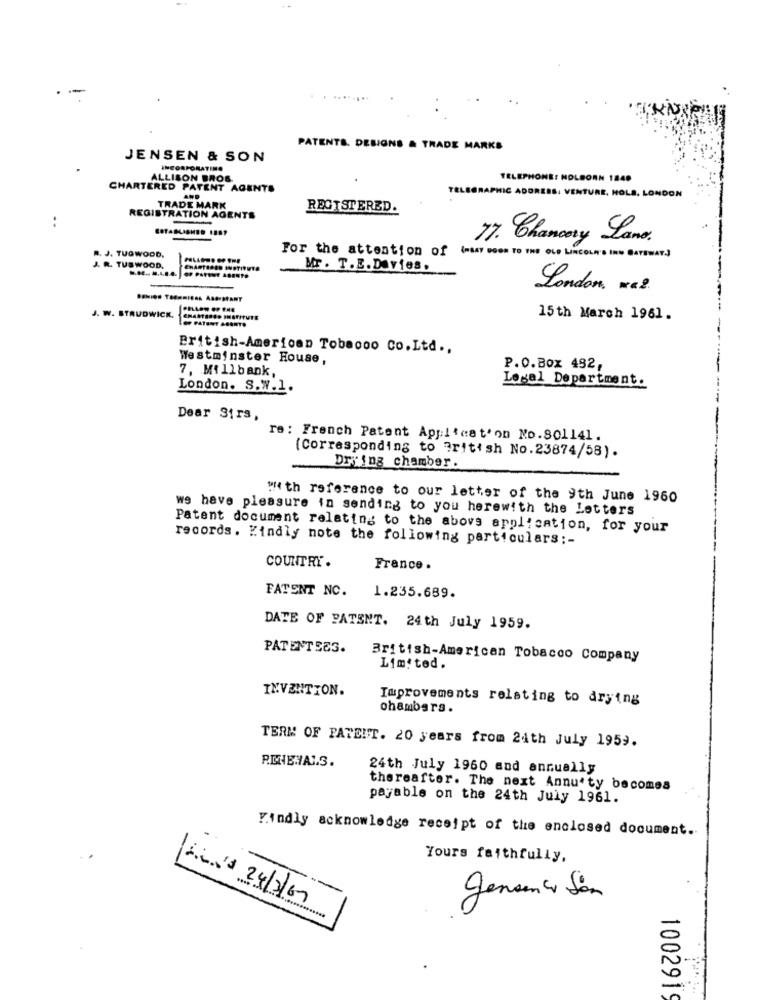
.
PATENTS. DESIGNS & TRADE MARKS
JENSEN & SON
INCORPORATING
ALLISON BROS.
TELEPHONE: HOLBORN 1840
CHARTERED PATENT AGENTS
HIC ADDRESS. VENTURE, HOLS. L
MOON
TRADE MARK
REGISTERED.
..
REGISTRATION AGENTS
77. Chancery Lane.
R. J. TUGWOOD,
For the attention of (=AAY DOOR TO THE OLD LINCOLN'S INN GATEWAY.)
J. R. TUSWOOD,
Mr . T. E. DAvie8.
London, . 2.
J. W. STRUDWICK,
15th March 1961.
British-American Tobacco Co.Ltd .,
Westminster House,
P.O.Box 492,
7, Millbank,
Legal Department.
London. S.W.1.
Dear Sirs,
re : French Patent Application No.801141.
(Corresponding to British No.23874/58).
Drying chamber.
With reference to our letter of the 9th June 1960
we have pleasure in sending to you herewith the Letters
Patent document relating to the above application, for your
records. Kindly note the following particulars ;-
COUNTRY .
France .
FATENT NC.
1.235.689.
DATE OF PATENT. 24th July 1959.
PATENTEES.
British-American Tobacco Company
Limited.
INVENTION.
Improvements relating to drying
chambers.
TERM OF FATEIT. 20 years from 24th July 1959.
R.INEHALS.
24th July 1960 and annually
thereafter. The next Annu'ty becomes
payable on the 24th July 1961.
Kindly acknowledge receipt of the enclosed document ..
Yours faithfully,
generico San
ACada 24/3/69
100291